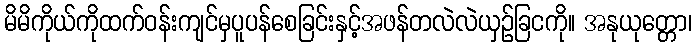
မိမိကိုယ်ကိုထက်ဝန်းကျင်မှပူပန်စေခြင်းနှင့်အဖန်တလဲလဲယှဉ်ခြငကို။ အနုယုတ္တော၊